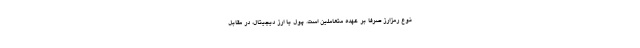
نوع رمزارز صرفا بر عهده متعاملین است. پول یا ارز دیجیتال، در مقابل